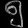
Digit: ၅